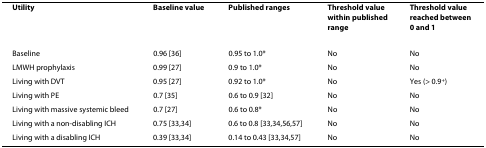
| Utility | Baseline value | Published ranges | Threshold value within published range | Threshold value reached between 0 and 1 |
 | --- | --- | --- | --- | --- |
 | Baseline | 0.96 [36] | 0.95 to 1.0* | No | No |
 | LMWH prophylaxis | 0.99 [27] | 0.9 to 1.0* | No | No |
 | Living with DVT | 0.95 [27] | 0.92 to 1.0* | No | Yes (> 0.9+) |
 | Living with PE | 0.7 [35] | 0.6 to 0.9 [32] | No | No |
 | Living with massive systemic bleed | 0.7 [27] | 0.6 to 0.8* | No | No |
 | Living with a non-disabling ICH | 0.75 [33,34] | 0.6 to 0.8 [33,34,56,57] | No | No |
 | Living with a disabling ICH | 0.39 [33,34] | 0.14 to 0.43 [33,34,57] | No | No |